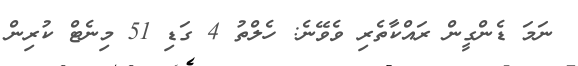
ނަމަ ޑެންގީން ރައްކާތެރި ވެވޭނެ: ހެލްތު 4 ގަޑި 51 މިނެޓް ކުރިން